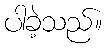
ပါခဲ့သည်။